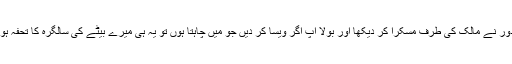
مزدور نے مالک کی طرف مسکرا کر دیکھا اور بولا آپ اگر ویسا کر دیں جو میں چاہتا ہوں تو یہ ہی میرے بیٹے کی سالگرہ کا تحفہ ہو گا۔